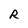
Character: R